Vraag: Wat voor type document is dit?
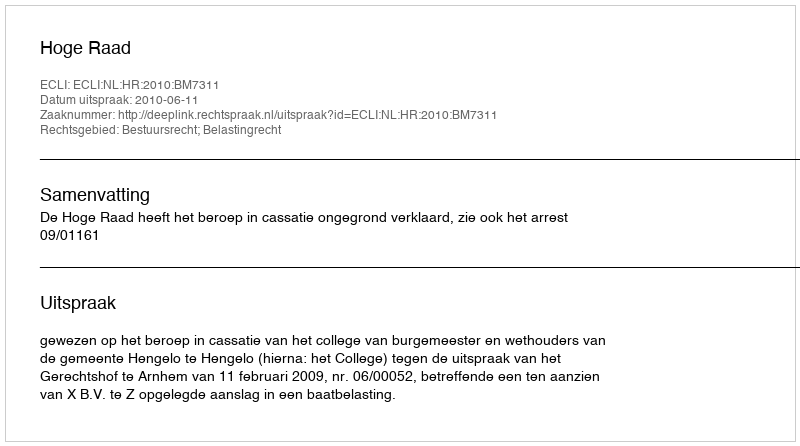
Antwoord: Uitspraak